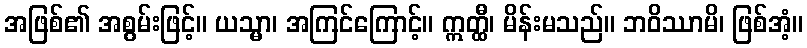
အဖြစ်၏ အစွမ်းဖြင့်။ ယသ္မာ၊ အကြင်ကြောင့်။ ဣတ္ထီ၊ မိန်းမသည်။ ဘဝိဿာမိ၊ ဖြစ်အံ့။